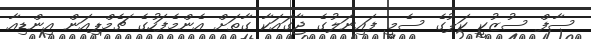
ސާފް ސުޒުކީ ކަޕުގެ ސެމީ ފައިނަލުގެ ޖާގައަކާ ގާތަށް އެންމެފަހުގެ ޗެމްޕިއަން އިންޑިއާ